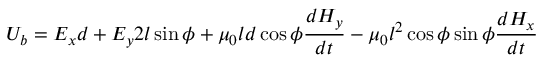
U _ { b } = E _ { x } d + E _ { y } 2 l \sin { \phi } + \mu _ { 0 } l d \cos { \phi } \frac { d H _ { y } } { d t } - \mu _ { 0 } l ^ { 2 } \cos { \phi } \sin { \phi } \frac { d H _ { x } } { d t }